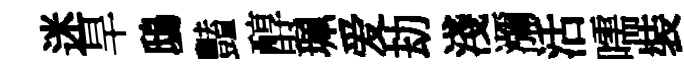
迷旱鴟豔醇珮爱劫淺瀰活嚅裝